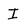
Character: I